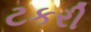
ટકરી